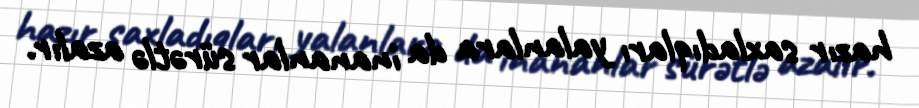
hazır saxladıqları yalanlara da inananlar sürətlə azalır.